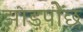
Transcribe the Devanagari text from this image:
झाड़पोेंछ